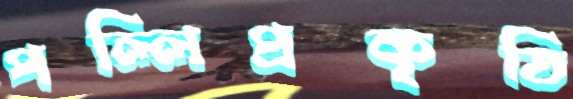
পল্লিপ্রকৃতি